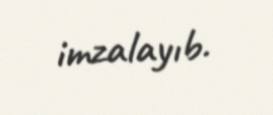
imzalayıb.